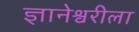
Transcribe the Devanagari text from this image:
ज्ञानेश्वरीला